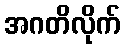
အဂတိလိုက်